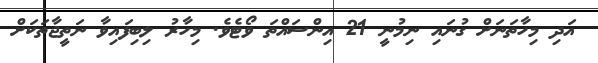
އަދި މިހާތަނަށް ގުނައި ނިމުނީ 21 އިންސައްތަ ވޯޓެވެ. މިހާރު ލިބިފައިވާ ނަތީޖާތަކަށް